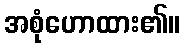
အစုံဟောထား၏။